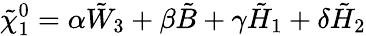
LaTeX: \tilde{\chi}_{1}^{0}=\alpha\tilde{W}_{3}+\beta\tilde{B}+\gamma\tilde{H}_{1}+\delta\tilde{H}_{2}